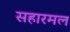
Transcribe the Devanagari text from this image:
सहारमल